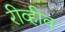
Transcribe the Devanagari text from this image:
रीव्हीव